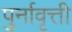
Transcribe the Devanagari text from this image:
पुर्नावृत्ती